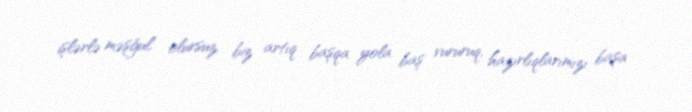
işlərlə məşğul olursuz, biz artıq başqa yola baş vururuq, hazırlıqlarımızı başa